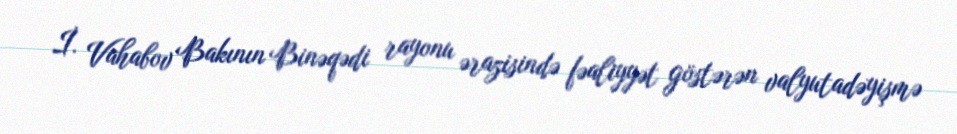
İ. Vahabov Bakının Binəqədi rayonu ərazisində fəaliyyət göstərən valyutadəyişmə